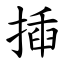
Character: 揷